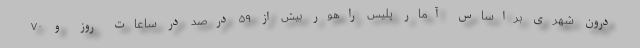
درون شهری براساس آمار پلیس راهور بیش از ۵۹ درصد در ساعات روز و ۷۰